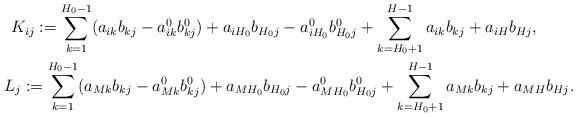
LaTeX: \begin{gather*}K_{ij}:=\sum_{k=1}^{H_0-1} (a_{ik}b_{kj} -a^0_{ik}b^0_{kj})+a_{iH_0}b_{H_0j}-a^0_{iH_0}b^0_{H_0j}+\sum_{k=H_0+1}^{H-1}a_{ik}b_{kj} + a_{iH} b_{Hj} , \\L_j:= \sum_{k=1}^{H_0-1} (a_{Mk}b_{kj} -a^0_{Mk}b^0_{kj})+a_{MH_0}b_{H_0j}-a^0_{MH_0}b^0_{H_0j}+\sum_{k=H_0+1}^{H-1}a_{Mk}b_{kj} + a_{MH} b_{Hj}.\end{gather*}